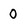
Character: 0